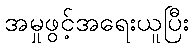
အမှုဖွင့်အရေးယူပြီး